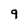
Character: 9